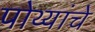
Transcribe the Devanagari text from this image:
पोथ्यांचे